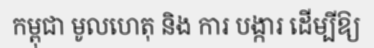
កម្ពុជា មូលហេតុ និង ការ បង្ការ ដើម្បីឱ្យ